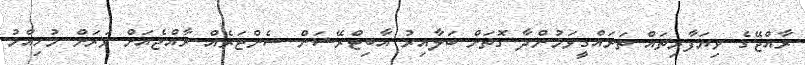
ރާއްޖޭގެ ވިޔަފާރިތައް ތަރައްގީވަމުންދާ ގޮތަށް ބަލާއިރު އާބިޓްރޭޝަން ސެންޓަރެއް ރާއްޖެއަށް ވަރަށް މުހިއްމު